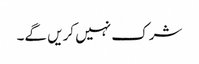
شرک نہیں کریں گے۔